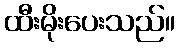
ထီးမိုးပေးသည်။